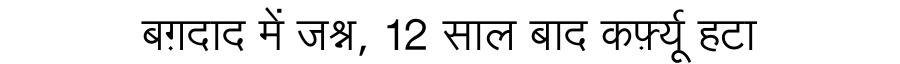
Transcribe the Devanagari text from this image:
बग़दाद में जश्न, 12 साल बाद कर्फ़्यू हटा